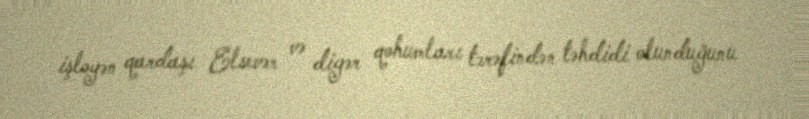
işləyən qardaşı Elsevər və digər qohumları tərəfindən təhdidi olunduğunu